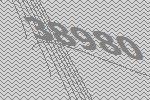
38980